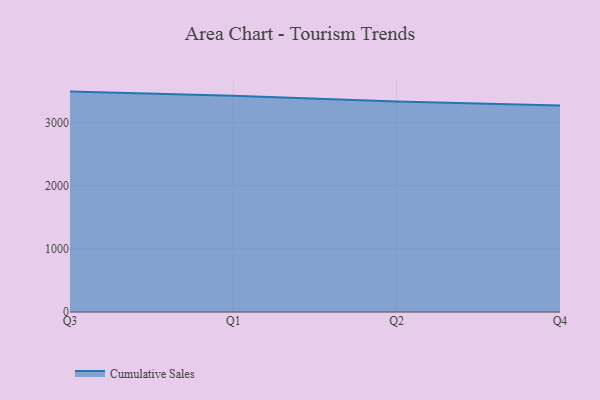
{"axis": {"x": "Quarter", "y": "Market Share (%)"}, "legend": ["Cumulative Sales"], "data": [{"x": "Q3", "y": 3495.1, "type": "Cumulative Sales"}, {"x": "Q1", "y": 3428.9, "type": "Cumulative Sales"}, {"x": "Q2", "y": 3338.7, "type": "Cumulative Sales"}, {"x": "Q4", "y": 3274.4, "type": "Cumulative Sales"}]}